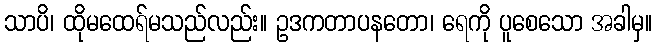
သာပိ၊ ထိုမထေရ်မသည်လည်း။ ဥဒကတာပနတော၊ ရေကို ပူစေသော အခါမှ။